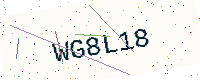
Text: WG8L18